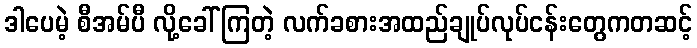
ဒါပေမဲ့ စီအမ်ပီ လို့ခေါ် ကြတဲ့ လက်ခစားအထည်ချုပ်လုပ်ငန်းတွေကတဆင့်